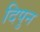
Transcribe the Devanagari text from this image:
दिपुन